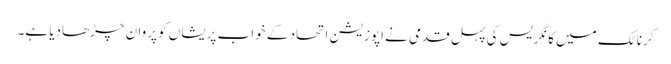
کرناٹک میں کانگریس کی پہل قدمی نے اپوزیشن اتحاد کے خواب پریشاں کو پروان چڑھادیا ہے۔